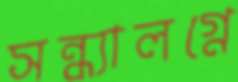
সন্ধ্যালগ্নে